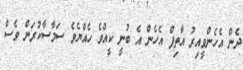
ދެން އެހެންވީއިރު އާތިފް އެހެން އެ ބުނީ ކީއްވެ ހެއްޔެވެ ސަމާސާކުރަން ވެސް